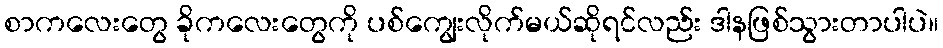
စာကလေးတွေ ခိုကလေးတွေကို ပစ်ကျွေးလိုက်မယ်ဆိုရင်လည်း ဒါနဖြစ်သွားတာပါပဲ။